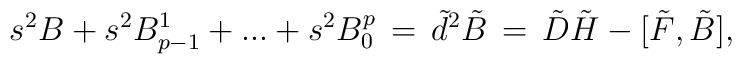
s^2B +s^2 B_{p-1}^1+ ... + s^2 B^p_0 \, = \, \tilde d ^2 \tilde B \, = \,\tilde D \tilde H - [\tilde F ,  \tilde B ] ,